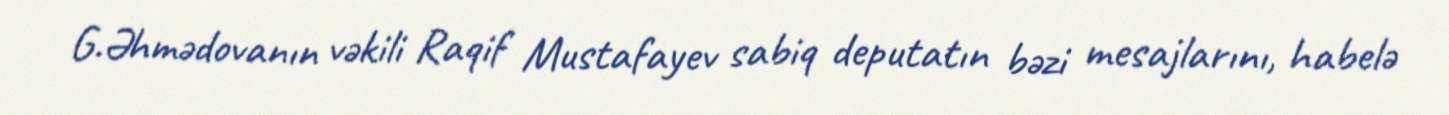
G.Əhmədovanın vəkili Raqif Mustafayev sabiq deputatın bəzi mesajlarını, habelə